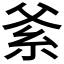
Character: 𱹭